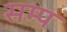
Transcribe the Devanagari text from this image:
सम्प